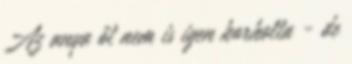
Az anya őt nem is igen korholta - de